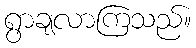
ရွာချလာကြသည်။